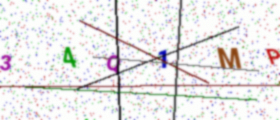
Text: 34Q1MP